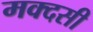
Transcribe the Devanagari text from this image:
मक्दसी